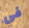
في